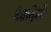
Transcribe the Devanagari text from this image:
दंडादेशों